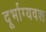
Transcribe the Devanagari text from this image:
दूर्भाग्यवश